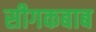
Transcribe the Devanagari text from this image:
सीगकबाब